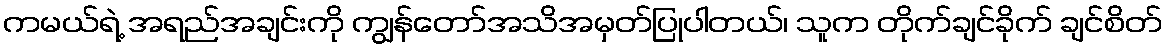
ကမယ်ရဲ့ အရည်အချင်းကို ကျွန်တော်အသိအမှတ်ပြုပါတယ်၊ သူက တိုက်ချင်ခိုက် ချင်စိတ်